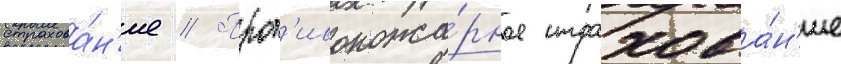
страхова́н'ие // Прот'ивопожа́рное страхова́н'ие